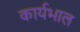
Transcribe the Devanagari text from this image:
कार्यभाल